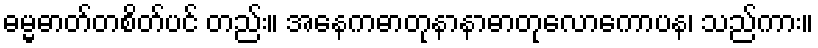
ဓမ္မဓာတ်တစိတ်ပင် တည်း။ အနေကဓာတုနာနာဓာတုလောကောပန၊ သည်ကား။